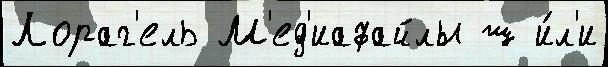
Лораг'ель М'ед'иафайлы ш и́л'и